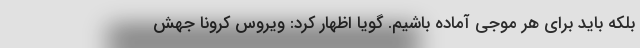
بلکه باید برای هر موجی آماده باشیم. گویا اظهار کرد: ویروس کرونا جهش